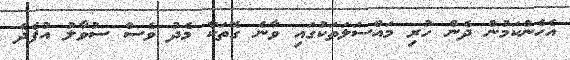
އެހެންކަމުން ދެން ހުރި މައްސަލަތަކުގައި ވާނެ ގޮތަކާ މެދު ވެސް ސުވާލު އުފެދެ